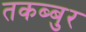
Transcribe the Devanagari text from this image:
तकब्बुर